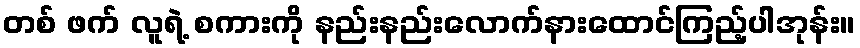
တစ် ဖက် လူရဲ့ စကားကို နည်းနည်းလောက်နားထောင်ကြည့်ပါအုန်း။